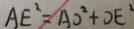
A E ^ { 2 } = A O ^ { 2 } + O E ^ { 2 }